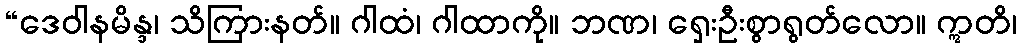
“ဒေဝါနမိန္ဒ၊ သိကြားနတ်။ ဂါထံ၊ ဂါထာကို။ ဘဏ၊ ရှေးဦးစွာရွတ်လော။ ဣတိ၊